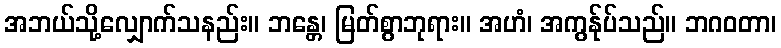
အဘယ်သို့လျှောက်သနည်း။ ဘန္တေ၊ မြတ်စွာဘုရား။ အဟံ၊ အကွန်ုပ်သည်။ ဘဂဝတာ၊